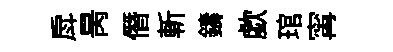
戽昺僭斬鑄歔琯𡩋